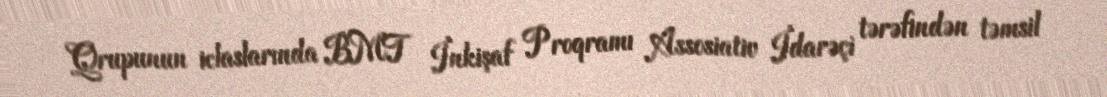
Qrupunun iclaslarında BMT İnkişaf Proqramı Assosiativ İdarəçi tərəfindən təmsil